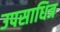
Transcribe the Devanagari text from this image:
उपसाधित्र